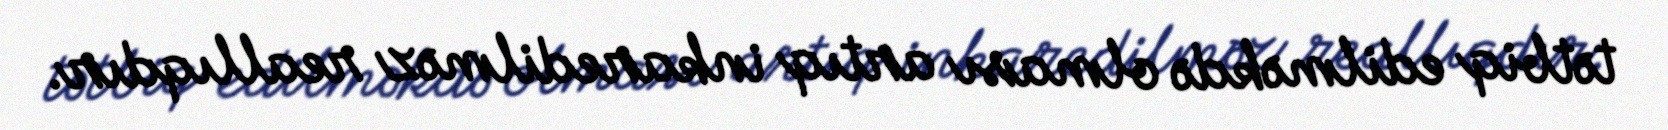
tətbiq edilməkdə olması artıq inkaredilməz reallıqdır.